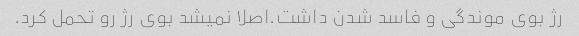
رژ بوی موندگی و فاسد شدن داشت.اصلا نمیشد بوی رژ رو تحمل کرد.